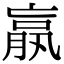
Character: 𣎆